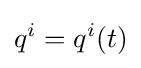
q^{i}=q^{i}(t)